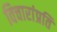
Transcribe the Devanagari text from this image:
विचारांप्रति